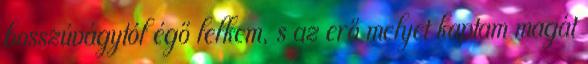
bosszúvágytól égő lelkem, s az erő melyet kaptam magát